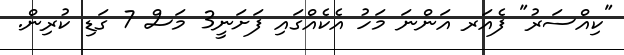
"ކިއްސަރު" ފެއަރ އަންނަ މަހު އެކެއްގައި ފަށަނީ3 މަސް 7 ގަޑި ކުރިން.